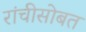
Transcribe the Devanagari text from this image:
रांचीसोबत